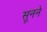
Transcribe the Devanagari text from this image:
सूनने